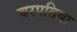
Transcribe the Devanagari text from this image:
चरपतिया